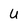
Character: U